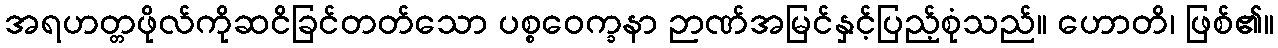
အရဟတ္တဖိုလ်ကိုဆငိခြင်တတ်သော ပစ္စဝေက္ခနာ ဉာဏ်အမြင်နှင့်ပြည့်စုံသည်။ ဟောတိ၊ ဖြစ်၏။